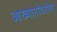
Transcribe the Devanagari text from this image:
आख्यानांबरोबर